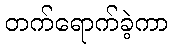
တက်ရောက်ခဲ့ကာ